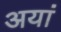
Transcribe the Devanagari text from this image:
अयां